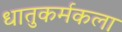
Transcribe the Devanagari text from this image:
धातुकर्मकला